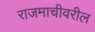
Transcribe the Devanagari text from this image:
राजमाचीवरील